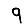
Digit: 9